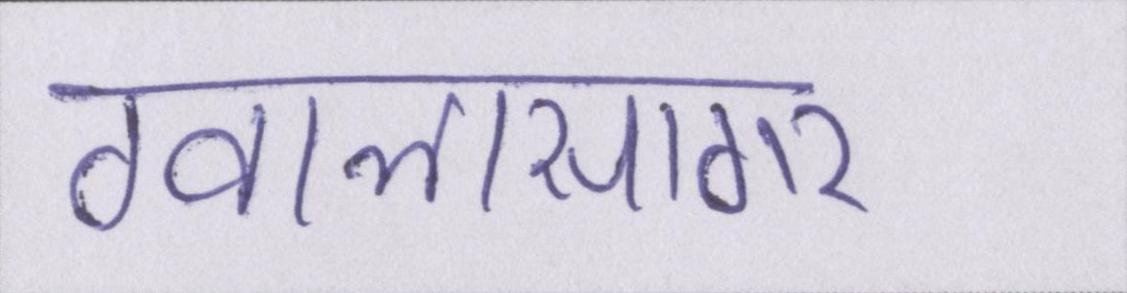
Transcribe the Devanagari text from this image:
ग्वालासागर